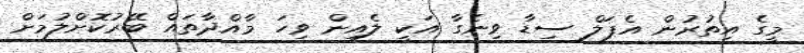
މީގެ އިތުރުން އެޕަލް ސިޑާ ވިނެގާ އަކީ ލެއިން ވިހަ މާއްދާތައް ބޭރުކޮށްލުމަށް